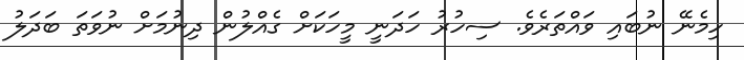
ހިމެނޭ ނުބައި ވައްތަރެވެ. ސިހުރު ހަދަނީ މީހަކަށް ގެއްލުން ދިނުމަށް ނުވަތަ ބަދަލު